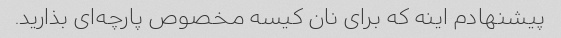
پیشنهادم اینه که برای نان کیسه مخصوص پارچه‌ای بذارید.